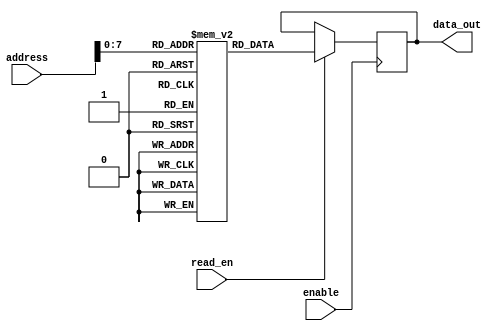
module FlashROM (
  input [31:0] address,
  input enable,
  input read_en,
  output reg [7:0] data_out
);

  // Memory block array
  reg [7:0] memory [0:255];

  // Decoder to select memory block based on address
  reg [7:0] selected_memory_block;

  // Assign selected memory block based on address input
  always @ (address)
    begin
      selected_memory_block = address[7:0]; // Assuming each memory block is 8 bits
    end

  // Output data from selected memory block when read_en is high
  always @ (posedge enable)
    begin
      if(read_en)
        begin
          data_out = memory[selected_memory_block];
        end
    end

endmodule